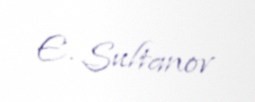
E. Sultanov